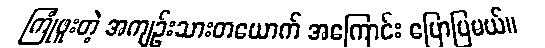
ကြုံဖူးတဲ့ အကျဉ်းသားတယောက် အကြောင်း ပြောပြမယ်။